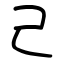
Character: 己